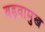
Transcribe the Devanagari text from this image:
बड़वामुख